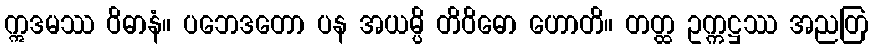
ဣဒမဿ ဝိဓာနံ။ ပဘေဒတော ပန အယမ္ပိ တိဝိဓော ဟောတိ။ တတ္ထ ဥက္ကဋ္ဌဿ အညတြ